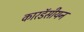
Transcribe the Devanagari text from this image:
कारडॅसीयन